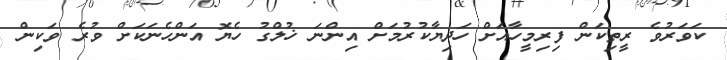
ކަވަރުވެ ރީތިކަން ފިރިމީހާއަށް ހަދިޔާކުރުމަށް އިންނަ ޚުލްގު ހެޔޮ އަންހެނަކަށް ވުރެ ވަކިން